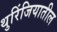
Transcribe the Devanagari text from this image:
थुरिंजियातील